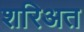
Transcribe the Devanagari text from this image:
शरिअत